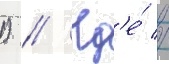
1) // Гд'е́ //